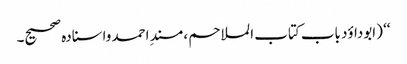
‘‘ (ابوداؤد باب کتاب الملاحم ، مسندِ احمد واسنادہ صحیح۔